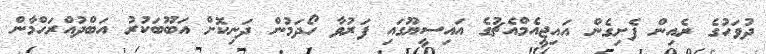
ދުވަހުގެ ރެއިން ފެށިގެން އައިޖީއެމްއެޗުގެ އައިސީޔޫގައި ފަރުވާ ހޯދަމުން ދަނިކޮށް އަބޫބަކުރު އަބްދުއްރަހްމާން